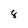
Character: 8